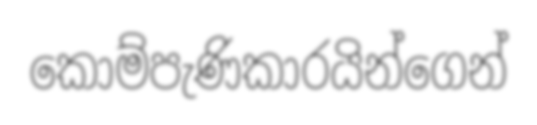
කොම්පැණිකාරයින්ගෙන්